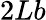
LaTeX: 2Lb